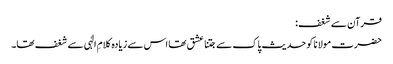
قرآن سے شغف:
حضرت مولانا کو حدیث پاک سے جتنا عشق تھا اس سے زیادہ کلامِ الٰہی سے شغف تھا۔